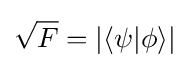
{\sqrt {F}}=\vert \langle \psi \vert \phi \rangle \vert